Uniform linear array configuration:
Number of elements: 64
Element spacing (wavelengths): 1
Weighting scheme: blackman
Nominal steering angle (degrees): -45
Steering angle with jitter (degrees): -46.53
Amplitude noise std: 0.05
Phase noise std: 0.05

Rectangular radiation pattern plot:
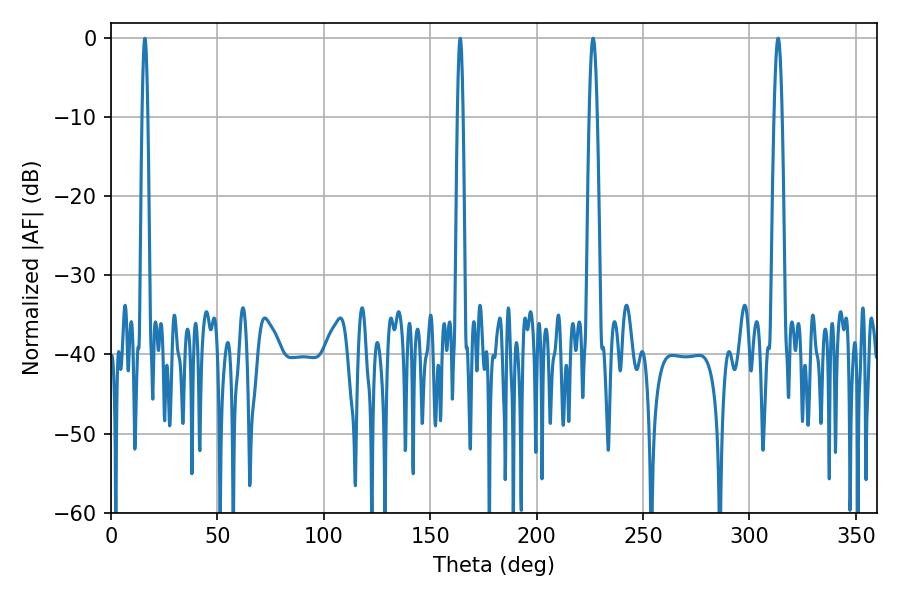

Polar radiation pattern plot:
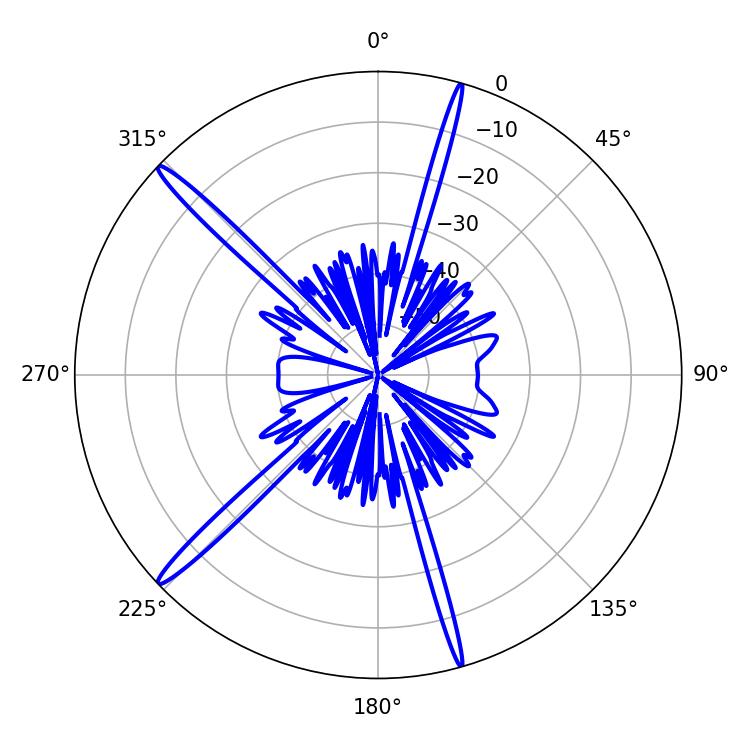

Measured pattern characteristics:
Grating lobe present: TRUE
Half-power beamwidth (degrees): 1.98
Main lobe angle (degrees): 313.38